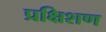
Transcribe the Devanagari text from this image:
प्रक्षिशण